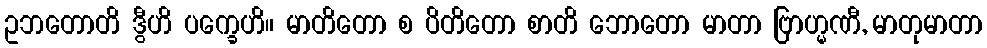
ဥဘတောတိ ဒွီဟိ ပက္ခေဟိ။ မာတိတော စ ပိတိတော စာတိ ဘောတော မာတာ ဗြာဟ္မဏီ, မာတုမာတာ